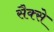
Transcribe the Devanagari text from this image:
सैक्से